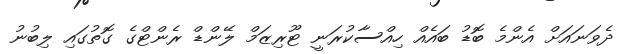
ދެވަނައަށް އެންމެ ބޮޑު ބައެއް ހިއްސާކުރަނީ ޓޫރިޒަމް ލޭންޑް ރެންޓްގެ ގޮތުގައި ލިބުނު